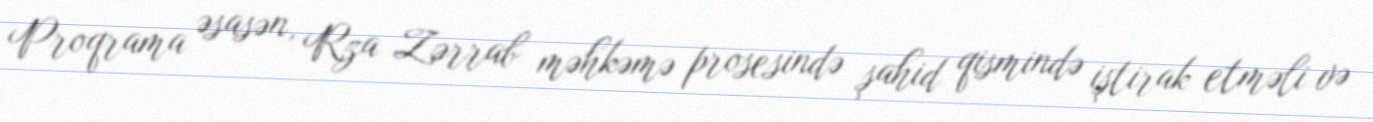
Proqrama əsasən, Rza Zərrab məhkəmə prosesində şahid qismində iştirak etməli və